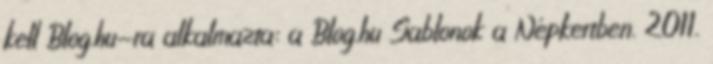
kell Blog.hu-ra alkalmazta: a Blog.hu Sablonok a Népkertben. 2011.